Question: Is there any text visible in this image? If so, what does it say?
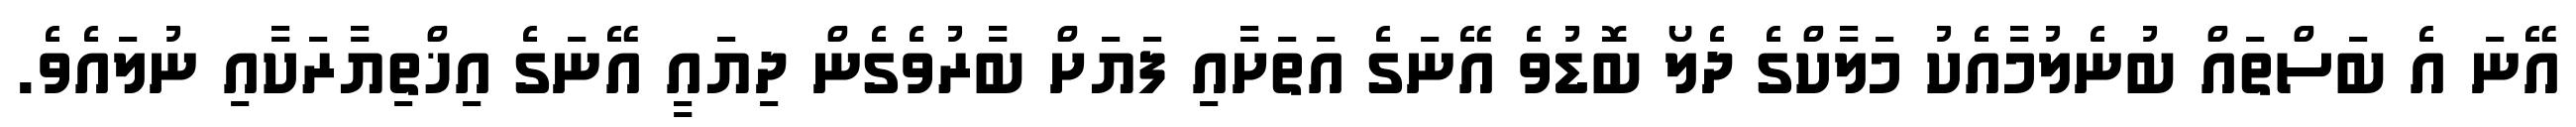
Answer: އޭނަ އެ ބަސްތައް ބުނެލުމާއެކު މަލާކްގެ ދެލޯ ބޮޑުވެ އޭނަގެ އަތަށާއި ފަޔަށް ބާރުވެގެން ދިޔައީ އޭނަގެ އިޚްތިޔާރަކާއި ނުލައެވެ.